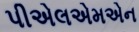
પીએલએમએન